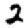
Digit: 2